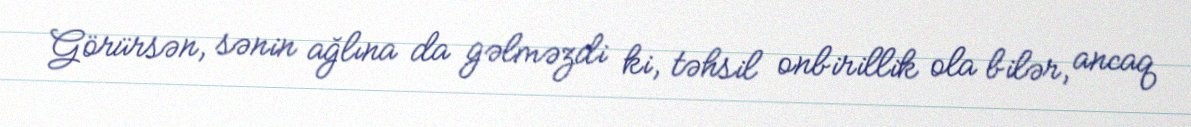
Görürsən, sənin ağlına da gəlməzdi ki, təhsil onbirillik ola bilər, ancaq